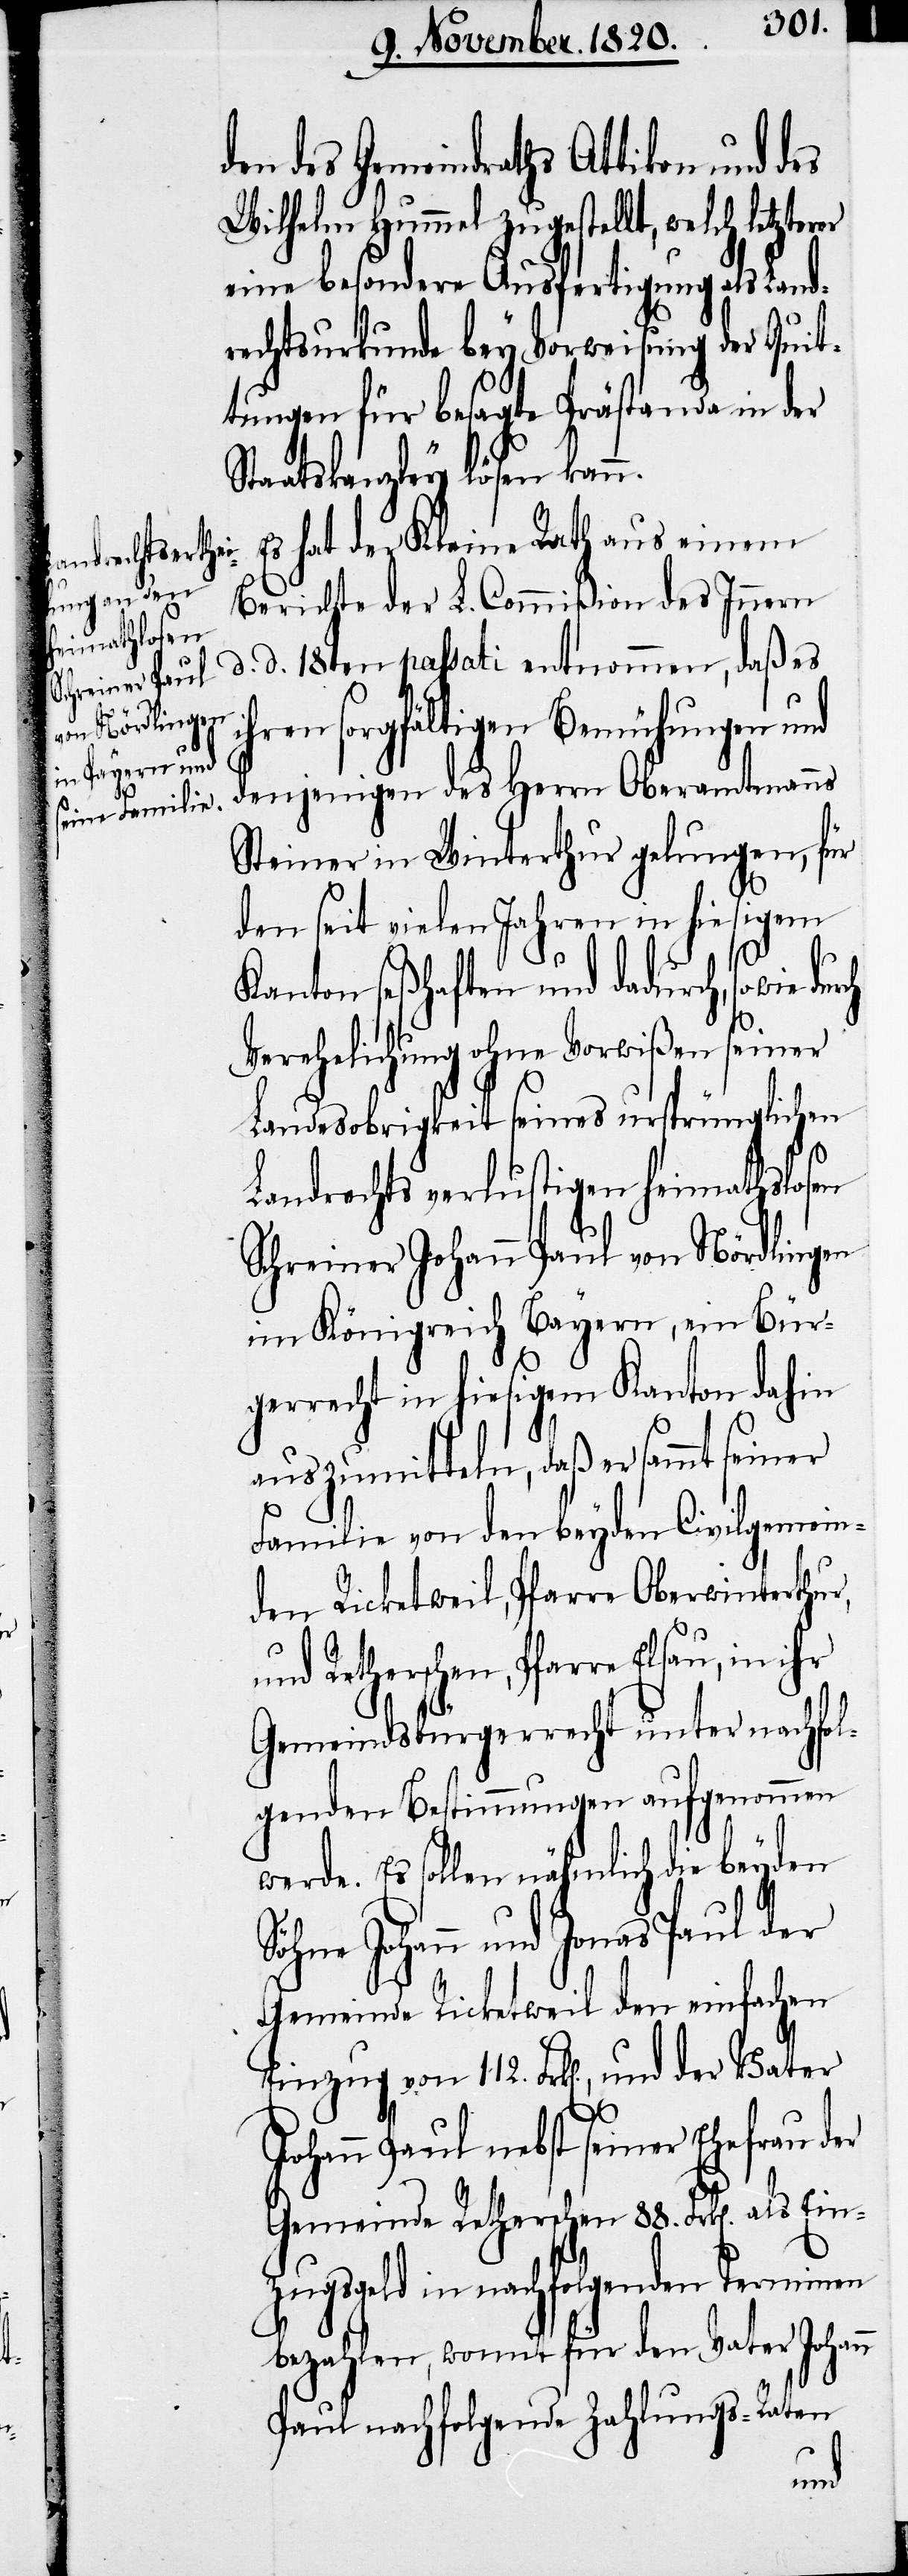
Wilhelm Hummel zugestellt, welch letzterer
eine besondere Ausfertigung als Land¬
rechtsurkunde bey Vorweisung der Quit¬
tungen für besagte Prästanda in der
Staatskanzley lösen kann.
Es hat der Kleine Rath aus einem
der Vater
Berichte der L. Commißion des Innern
d. d. 18ten passati entnommen, daß es
ihren sorgfältigen Bemühungen und
denjenigen des Herrn Oberamtmanns
Steiner in Winterthur gelungen, für
den seit vielen Jahren in hiesigem
Kanton seßhaften und dadurch, sowie
Verehelichung ohne Vorweißen seiner
Landesobrigkeit seines ursprünglichen
Landrechts verlustigen heimathslosen
Schreiner Johann Paul von Nördlingen
im Königreich Bayern, ein Bür¬
gerrecht in hiesigem Kanton dahin
auszumitteln, daß er sammt seiner
Familie von den beyden Civilgemein¬
den Ricketweil, Pfarre Oberwinterthur,
Ratherschen, Pfarre Elsau,
Gemeindsbürgerrecht unter nachfol¬
genden Bestimmungen aufgenommen
werde. Es sollen nähmlich die beyden
Söhne Johann und Jonas Paul der
Gemeinde Ricketweil den einfachen
Johann Paul nebst seiner Ehefrau der
Gemeinde Ratherschen 88. Frk[en]. als
zugsgeld in nachfolgenden Terminen
bezahlen, womit für den Vater Johan¬
Paul nachfolgende Zahlungs-Raten
n